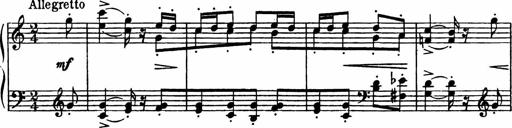
Title: Sonatilla
Composer: Mortimer Wilson
Key: C major